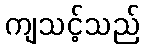
ကျသင့်သည်